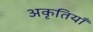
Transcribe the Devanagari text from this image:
अकृतियाँ